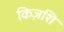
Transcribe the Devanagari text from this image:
किज़शि